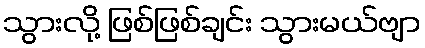
သွားလို့ ဖြစ်ဖြစ်ချင်း သွားမယ်ဗျာ